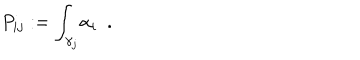
{ P _ { i j } } : = { \int _ { \gamma _ { j } } } { \alpha _ { i } } \, \, \, .